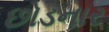
છોડનાર